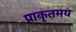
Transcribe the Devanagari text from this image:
प्राकृतमय